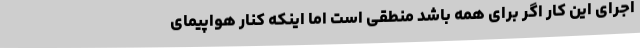
اجرای این کار اگر برای همه باشد منطقی است اما اینکه کنار هواپیمای